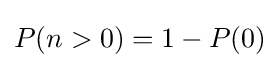
P(n>0)=1-P(0)